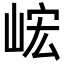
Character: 峵